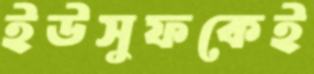
ইউসুফকেই